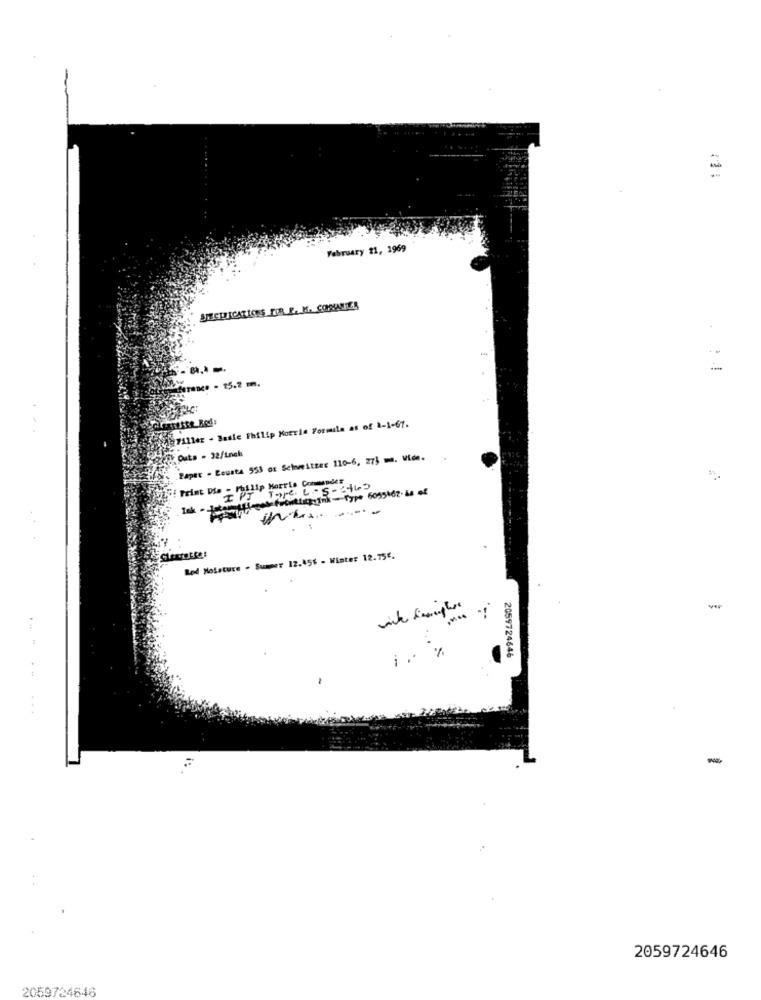
February 21, 1969
STECHNICATIC'S FOR P. M. CONSOANTEZA
ference . 15.2 m.
Spiller - Basic Philip Morris Formule as of 1-1-67.
y Outs - 32/Lunch
Paper - Beusta 553 os Schweitzer 110-6, 273 m. Vide.
: Print Die - Philip Morris Commander
Tak - Letters fromkle ink-Type 6095462. 64 of
Lod Moisture . Summer 12.456 - Winter 12.75€.
i. %
2059724646
-
2059724646
2059724646